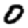
Digit: 0